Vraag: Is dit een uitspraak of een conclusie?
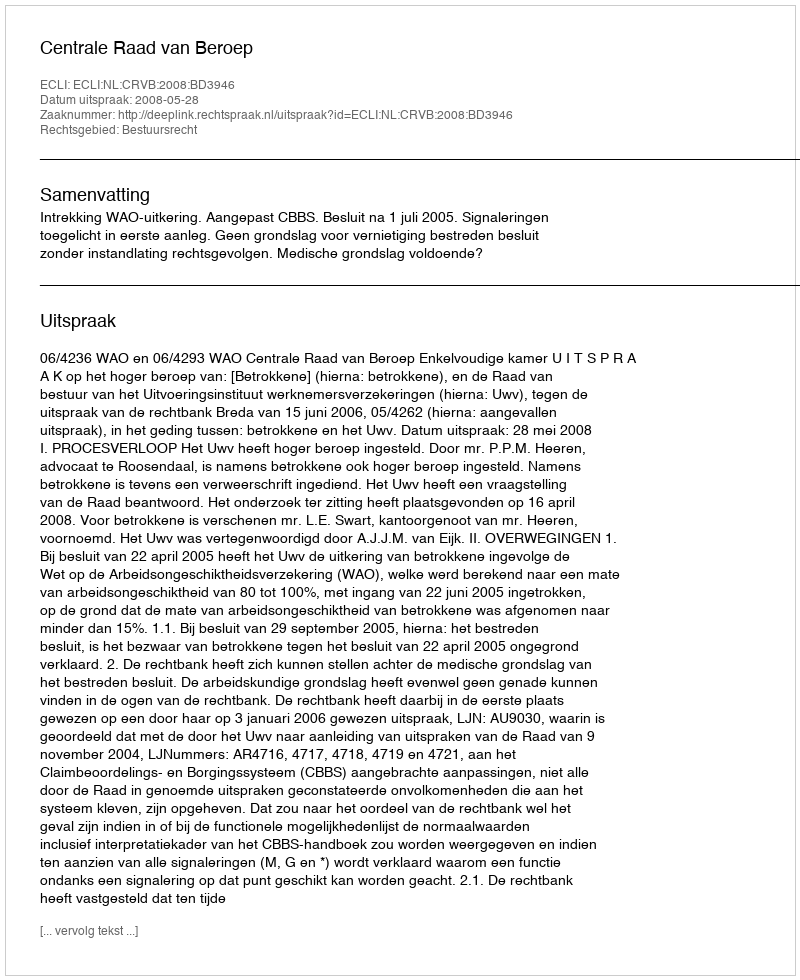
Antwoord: Uitspraak